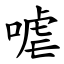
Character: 㖸